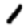
Digit: 1